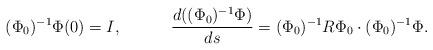
LaTeX: \begin{align*}(\Phi_0)^{-1}\Phi(0)=I,\ \ \ \ \ \ \ \ \ \dfrac{d((\Phi_0)^{-1}\Phi)}{ds}=(\Phi_0)^{-1}R\Phi_0 \cdot(\Phi_0)^{-1}\Phi.\end{align*}